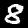
Label: 8